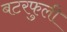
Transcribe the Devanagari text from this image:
बटरफुली